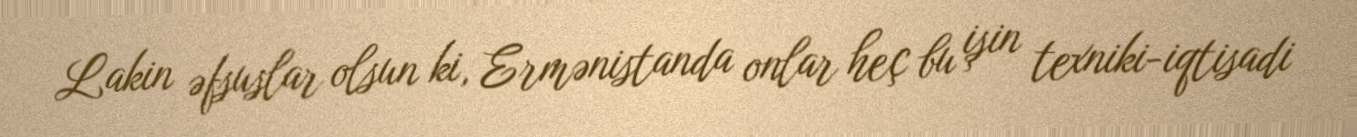
Lakin əfsuslar olsun ki, Ermənistanda onlar heç bu işin texniki-iqtisadi